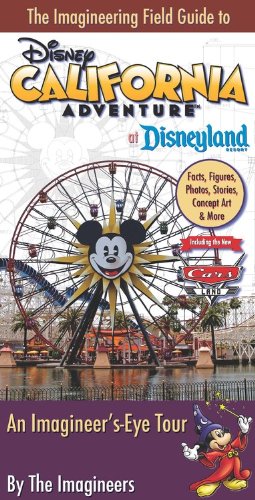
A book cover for The Imagineering Field Guide to Disney California Adventure at Disneyland Resort: An Imagineer's-Eye Tour: Facts, Figures, Photos, Stories, Concept ... New Cars Land! (An Imagineering Field Guide); The Imagineers; Business & Money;